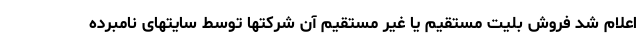
اعلام شد فروش بلیت مستقیم یا غیر مستقیم آن شرکتها توسط سایتهای نامبرده